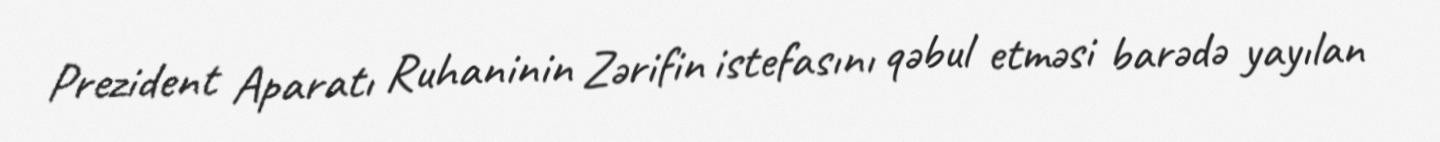
Prezident Aparatı Ruhaninin Zərifin istefasını qəbul etməsi barədə yayılan